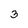
Character: 3